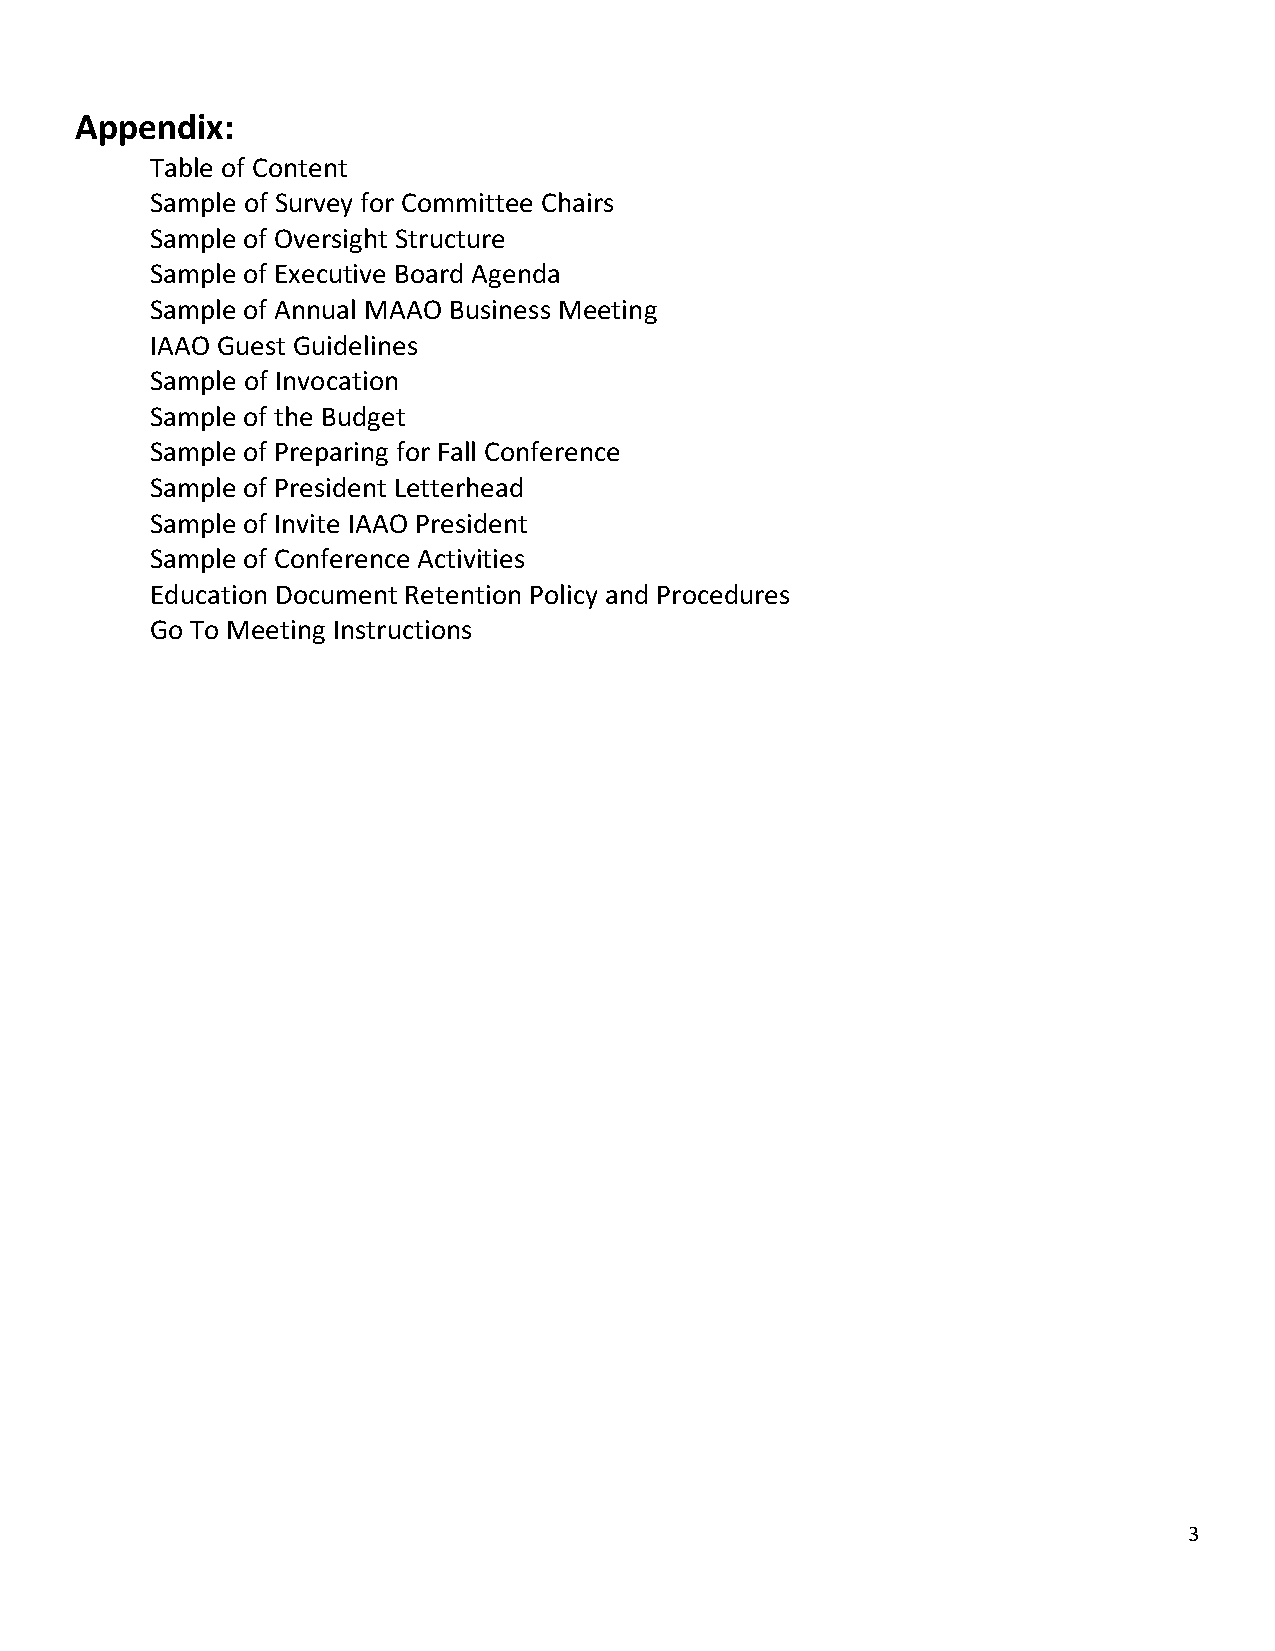
Appendix:
 Table of Content
 Sample of Survey for Committee Chairs
 Sample of Oversight Structure
 Sample of Executive Board Agenda
 Sample of Annual MAAO Business Meeting
 IAAO Guest Guidelines
 Sample of Invocation
 Sample of the Budget
 Sample of Preparing for Fall Conference
 Sample of President Letterhead
 Sample of Invite IAAO President
 Sample of Conference Activities
 Education Document Retention Policy and Procedures
 Go To Meeting Instructions
 3